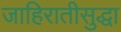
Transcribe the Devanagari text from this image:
जाहिरातीसुद्धा